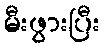
မီးဖွားပြီး